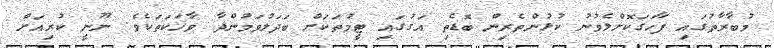
މުބާރާތުގައި ފާހަގަކޮށްލެވުނު ކުޅުންތެރިން ބޮޑެތި އަގުގައި ޓީމުތަކަށް ބަދަލުވަމުންދާ ވާހަކަތަކެވެ. ނޫނީ ކުރިއަށް